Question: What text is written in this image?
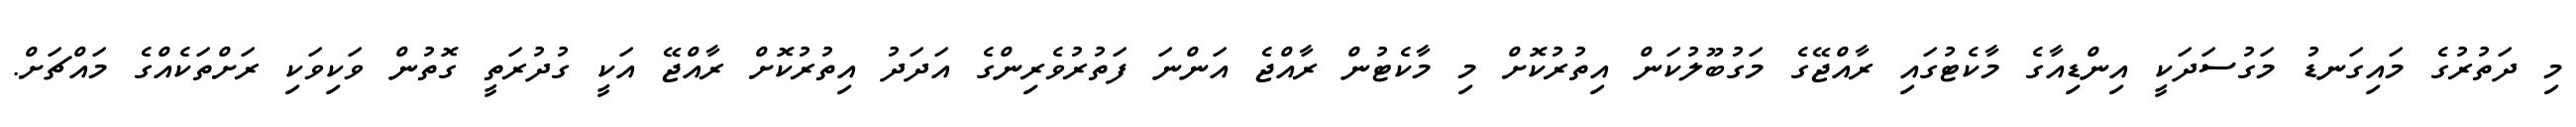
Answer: މި ދަތުރުގެ މައިގަނޑު މަގުސަދަކީ އިންޑިއާގެ މާކެޓުގައި ރާއްޖޭގެ މަގުބޫލުކަން އިތުރުކޮށް މި މާކެޓުން ރާއްޖެ އަންނަ ފަތުރުވެރިންގެ އަދަދު އިތުރުކޮށް ރާއްޖޭ އަކީ ގުދުރަތީ ގޮތުން ވަކިވަކި ރަށްތަކެއްގެ މައްޗަށް.